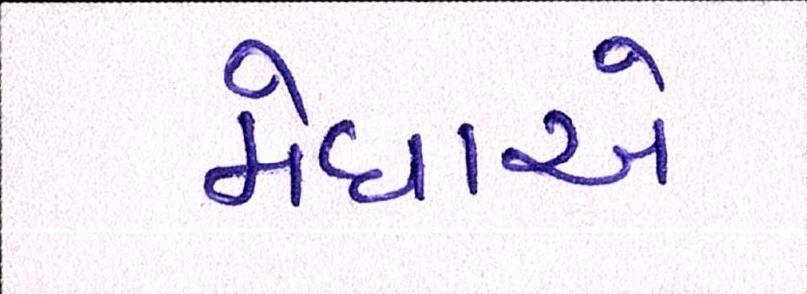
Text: મેઘાએ